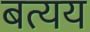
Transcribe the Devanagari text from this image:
बत्यय